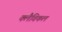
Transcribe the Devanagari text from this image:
क्लैविकल